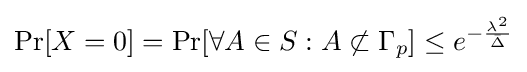
\Pr[X=0]=\Pr[\forall A\in S:A\not \subset \Gamma _{p}]\leq e^{-{\frac {\lambda ^{2}}{\bar {\Delta }}}}